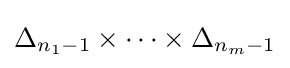
\Delta _{n_{1}-1}\times \dots \times \Delta _{n_{m}-1}